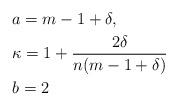
LaTeX: \begin{align*} &a=m-1+\delta,\\&\kappa=1+\frac{2\delta}{n(m-1+\delta)} \\&b=2\end{align*}